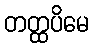
တတ္ထပိမေ